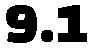
9.1